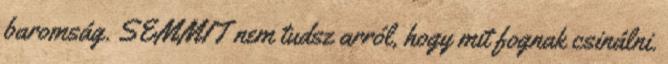
baromság. SEMMIT nem tudsz arról, hogy mit fognak csinálni.